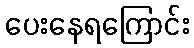
ပေးနေရကြောင်း